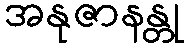
အနုဇာနန္တု